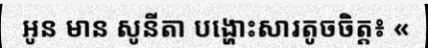
អូន មាន សូនីតា បង្ហោះសារតូចចិត្ត៖ «